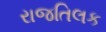
રાજતિલક